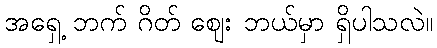
အရှေ့ ဘက် ဂိတ် ဈေး ဘယ်မှာ ရှိပါသလဲ။